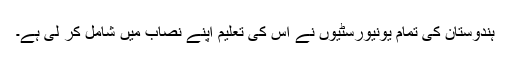
ہندوستان کی تمام یونیورسٹیوں نے اس کی تعلیم اپنے نصاب میں شامل کر لی ہے۔